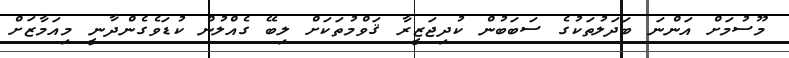
މޫސުމަށް އަންނަ ބަދަލުތަކުގެ ސަބަބުން ކުދިޖަޒީރާ ޤަވްމުތަކަށް ލިބޭ ގެއްލުން ކުޑަވެގެންދާނީ މިއަމާޒަށް